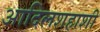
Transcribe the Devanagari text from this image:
आदिलशहाशी